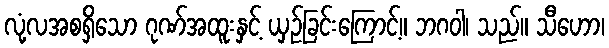
လုံ့လအစရှိသော ဂုဏ်အထူးနှင့် ယှဉ်ခြင်းကြောင့်။ ဘဂဝါ၊ သည်။ သီဟော၊